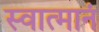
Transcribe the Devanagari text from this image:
स्वात्मानं